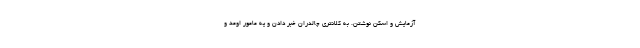
آزمايش و اسكن نوشتن. به كلانتري چالدران خبر دادن و يه مامور اومد و